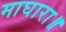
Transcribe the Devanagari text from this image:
माघारा॥